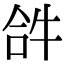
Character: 𤙖